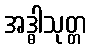
အဒ္ဓါသုတ္တ